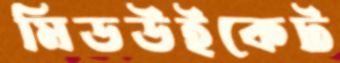
মিডউইকেট